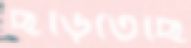
ছড়িতেছি